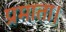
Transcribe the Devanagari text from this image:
प्रमाता।